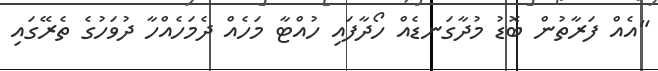
"އެއް ފަރާތުން ބޮޑު މުދާގަނޑެއް ހޯދާފައި ހުއްޓާ މަހެއް ދެމަހެއްހާ ދުވަހުގެ ތެރޭގައި